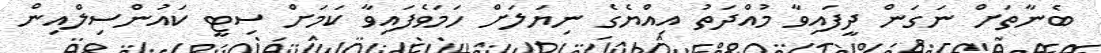
ބެނާތަށް ނަގަން ދީފައިވާ މުއްދަތު އިއްޔެގެ ނިޔަލަށް ހަމަވެފައިވާ ކަމަށް ސިޓީ ކައުންސިލްއިން